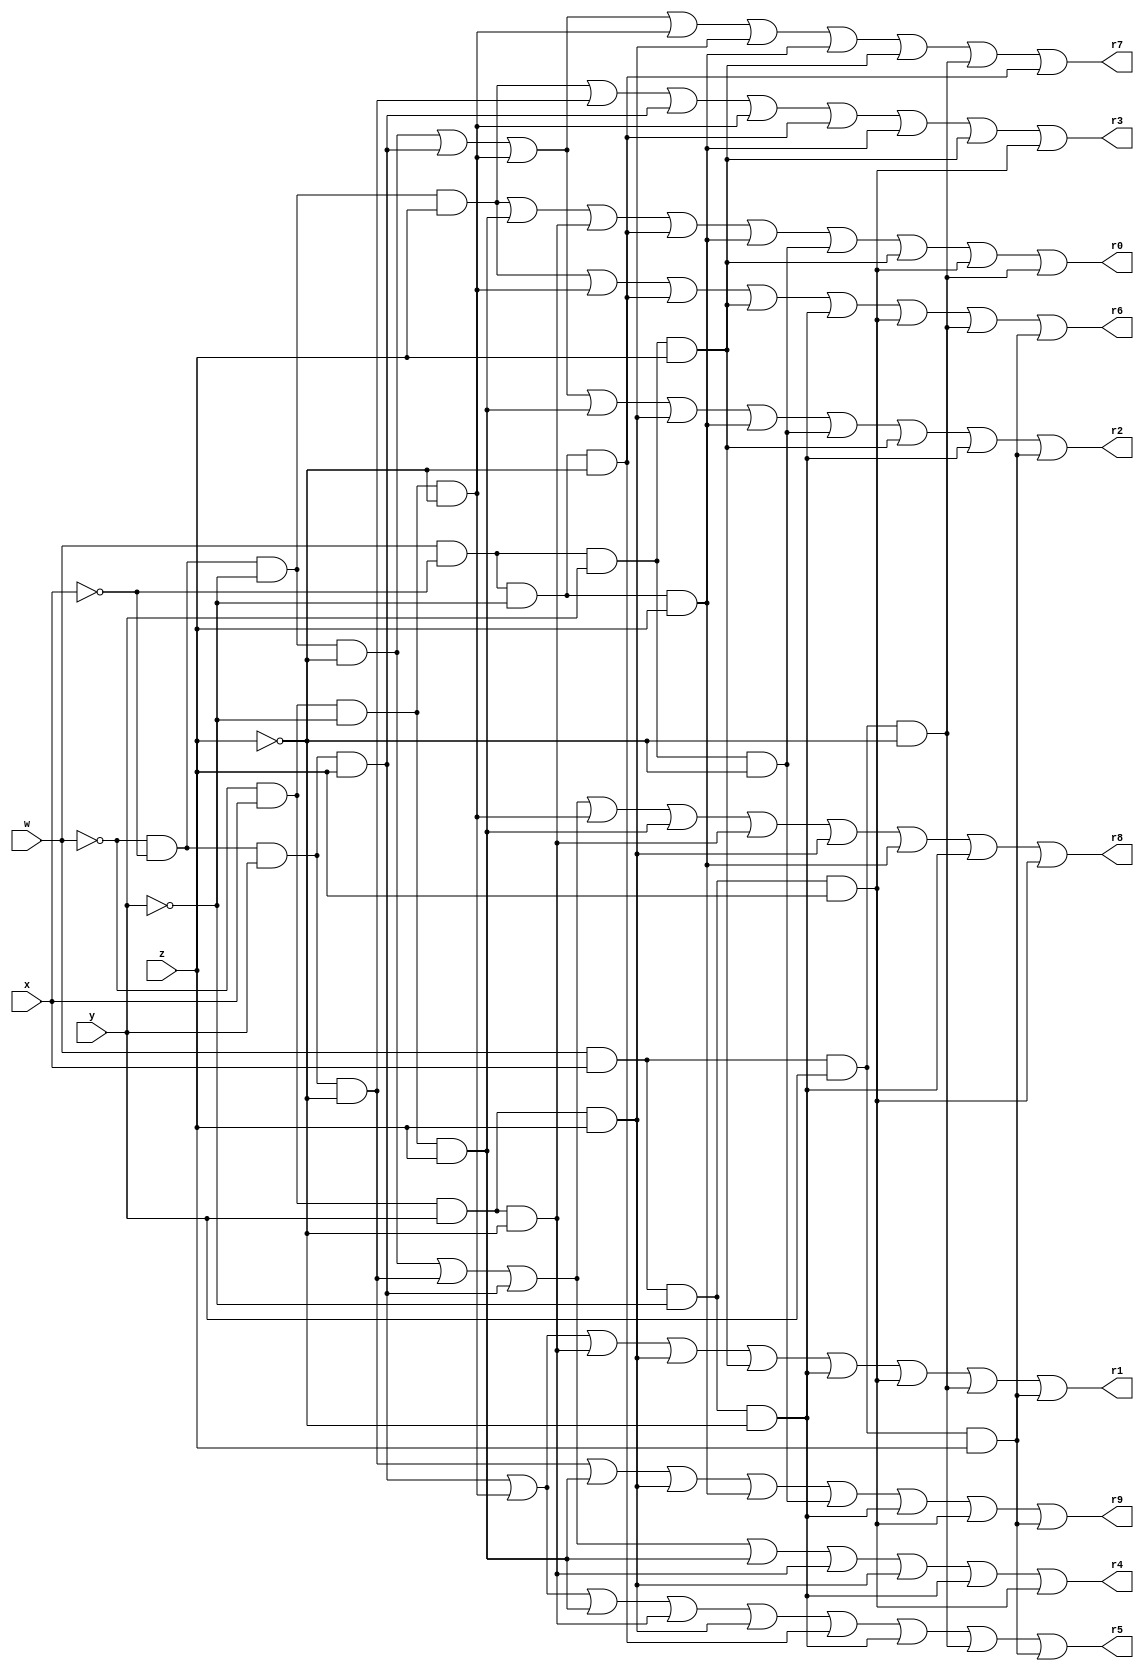
module Breadboard(w,x,y,z,r0,r1,r2,r3,r4,r5,r6,r7,r8,r9);
input w,x,y,z;
output r0,r1,r2,r3,r4,r5,r6,r7,r8,r9;  
reg r0,r1,r2,r3,r4,r5,r6,r7,r8,r9;
wire w,x,y,z;

always @ (w,x,y,z,r0,r1,r2,r3,r4,r5,r6,r7,r8,r9) begin

// f0 = w'x'y'z + w'xy'z + w'xyz' + wx'y'z' + wx'y'z + wx'yz' + wx'yz + wxy'z + wxyz'
r0= (~w&~x&~y&z)|(~w&x&~y&z)|(~w&x&y&~z)|(w&~x&~y&~z)|(w&~x&~y&z)|(w&~x&y&~z)|(w&~x&y&z)|(w&x&~y&z)|(w&x&y&~z);

//f1 = w'x'yz + w'xy'z' + w'xyz' + w'xyz + wx'yz + wxy'z' + wxy'z + wxyz' + wxyz
r1= (~w&~x&y&z)|(~w&x&~y&~z)|(~w&x&y&~z)|(~w&x&y&z)|(w&~x&y&z)|(w&x&~y&~z)|(w&x&~y&z)|(w&x&y&~z)|(w&x&y&z);

//f2 = w'x'y'z' + w'x'yz + w'xy'z' + w'x'y'z + w'xyz + wx'y'z + wx'yz' + wx'yz + wxy'z' + wxyz
r2= (~w&~x&~y&~z)|(~w&~x&y&z)|(~w&x&~y&~z)|(~w&x&~y&z)|(~w&x&y&z)|(w&~x&~y&z)|(w&~x&y&~z)|(w&~x&y&z)|(w&x&~y&~z)|(w&x&y&z);

//f3 = w'x'y'z + w'x'yz' + w'x'yz + w'xy'z' + wx'y'z' + wx'y'z + wx'yz + wxy'z
r3= (~w&~x&~y&z)|(~w&~x&y&~z)|(~w&~x&y&z)|(~w&x&~y&~z)|(w&~x&~y&~z)|(w&~x&~y&z)|(w&~x&y&z)|(w&x&~y&z);

//f4 = w'x'y'z' + w'x'yz' + w'x'yz + w'xy'z + w'xyz' + w'xyz + wxy'z' + wxy'z
r4= (~w&~x&~y&~z)|(~w&~x&y&~z)|(~w&~x&y&z)|(~w&x&~y&z)|(~w&x&y&~z)|(~w&x&y&z)|(w&x&~y&~z)|(w&x&~y&z);

//f5 = w'x'yz + w'xy'z' + w'xy'z + w'xyz' + w'xyz + wx'y'z' + wxy'z' + wxyz' + wxyz
r5= (~w&~x&y&z)|(~w&x&~y&~z)|(~w&x&~y&z)|(~w&x&y&~z)|(~w&x&y&z)|(w&~x&~y&~z)|(w&x&~y&~z)|(w&x&y&~z)|(w&x&y&z);


//F6 = W'X'Y'Z + W'XY'Z' + WX'Y'Z' + WX'YZ' + WXY'Z' + WXY'Z + WXYZ' + WXYZ
r6 = ((~w)&(~x)&(~y)&z)|((~w)&x&(~y)&(~z))|(w&(~x)&(~y)&(~z))|(w&(~x)&y&(z))|(w&x&(~y)&(~z))|(w&x&(~y)&z)|(w&x&y&(~z))|(w&x&y&z);


//F7 = W'X'Y'Z' + W'X'YZ + W'XY'Z' + W'XY'Z' + W'XYZ + WX'Y'Z' + WX'Y'Z + WX'YZ' WXYZ'
r7 = ((~w)&(~x)&(~y)&(~z))|((~w)&(~x)&(y)&z)|((~w)&(x)&(~y)&(~z))|((~w)&(x)&(~y)&(~z))|((~w)&(x)&(y)&(z))|((w)&(~x)&(~y)&(z)) |((w)&(~x)&(y)&(z))| ((w)&(x)&(y)&(~z))| (w&~x&~y&~z);


//f8 = w`x`y`z` + w`x`yz` + w`x`yz + w`xy`z`+ w`xy`z + w`xyz` + w`xyz + wx`y`z + wxy`z` + wxy`z 
r8= (~w&~x&~y&~z)|(~w&~x&y&~z)|(~w&~x&y&z)|(~w&x&~y&~z)|(~w&x&~y&z)|(~w&x&y&~z)|(~w&x&y&z)|(w&~x&~y&z)|(w&x&~y&~z)|(w&x&~y&z);

//f9 = w'x'yz` + w'xy'z + w'xyz + wx'y'z + wx'yz' + wxy'z' + wxy'z + wxyz
r9= (~w&~x&y&~z)|(~w&x&~y&z)|(~w&x&y&z)|(w&~x&~y&z)|(w&~x&y&~z)|(w&x&~y&~z)|(w&x&~y&z)|(w&x&y&z);

end

endmodule